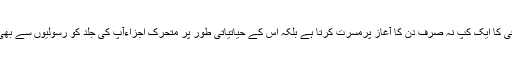
کافی ہر صبح کافی کا ایک کپ نہ صرف دن کا آغاز پرمسرت کرتا ہے بلکہ اس کے حیاتیاتی طور پر متحرک اجزاءآپ کی جلد کو رسولیوں سے بھی تحفظ دیتے ہیں۔